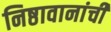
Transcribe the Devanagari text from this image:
निष्ठावानांची